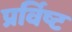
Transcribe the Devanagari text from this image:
प्रर्विष्ट